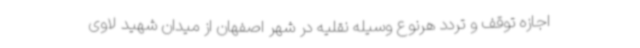
اجازه توقف و تردد هرنوع وسیله نقلیه در شهر اصفهان از میدان شهید لاوی